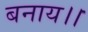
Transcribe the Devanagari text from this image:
बनाय।।